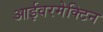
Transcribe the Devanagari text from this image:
आईवरमेक्टिन